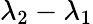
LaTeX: \lambda_{2}-\lambda_{1}